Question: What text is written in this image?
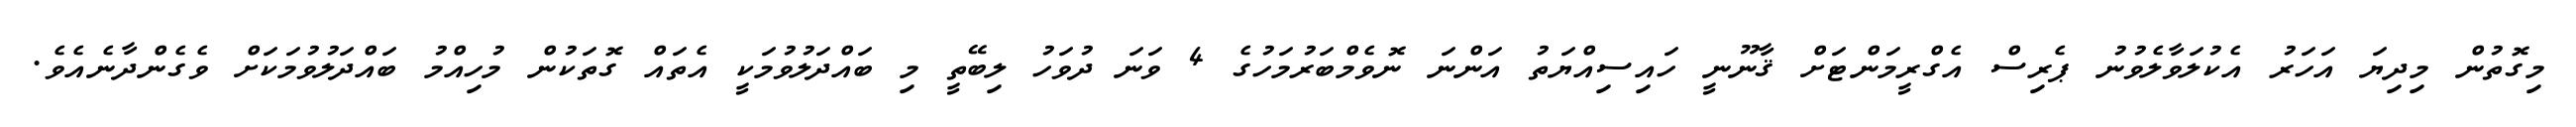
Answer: މިގޮތުން މިދިޔަ އަހަރު އެކުލަވާލެވުނު ޕެރިސް އެގްރީމަންޓަށް ޤާނޫނީ ހައިސިއްޔަތު އަންނަ ނޮވެމްބަރުމަހުގެ 4 ވަނަ ދުވަހު ލިބޭތީ މި ބައްދަލުވުމަކީ އެތައް ގޮތަކުން މުހިއްމު ބައްދަލުވުމަކަށް ވެގެންދާނެއެވެ.